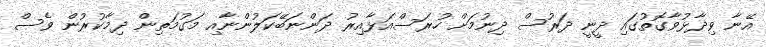
އޭނާ ވިދާޅުވާގޮތުގައި ދީނީ ދަރުސް ދިނުމަށް ހުރަސްއަޅާއިރު ދަންނަބޭކަލުންނާއި މަގުމަތިން ދިމާކުރުން ވެސް